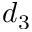
d _ { 3 }